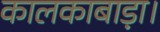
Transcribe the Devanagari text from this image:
कालकाबाड़ा।